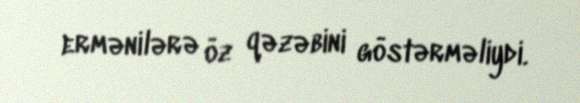
ermənilərə öz qəzəbini göstərməliydi.